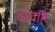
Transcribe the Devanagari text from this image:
वाचहि